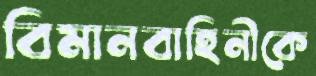
বিমানবাহিনীকে